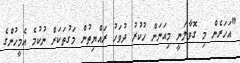
"އަހަރެން މި ގޮވާލަނީ މިއަނަން ހުކުރު ދުވަހު ރައްޔިތުން މަގުތަކަށް ނުކުމެ އެމީހުންގެ